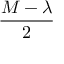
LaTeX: \frac { M - \lambda } { 2 }